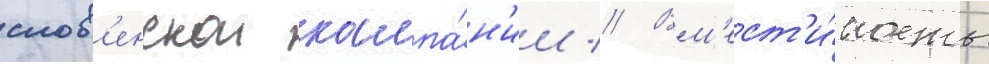
слов'енскои кампа́н'ии // Вм'ест'и́мость